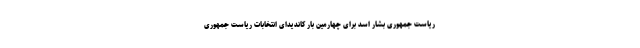
ریاست جمهوری بشار اسد برای چهارمین بار کاندیدای انتخابات ریاست جمهوری